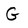
Character: G